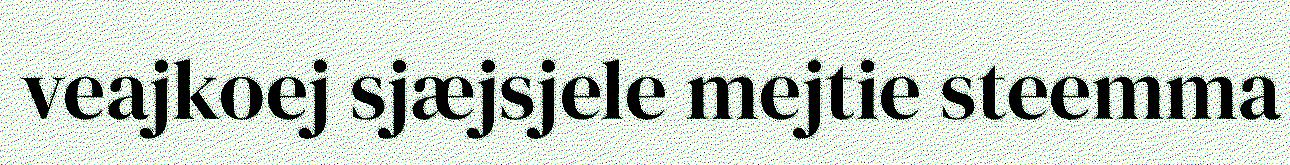
veajkoej sjæjsjele mejtie steemma